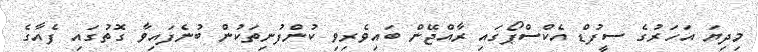
މިދިޔަ އަހަރުގެ ސީފުޑް އެކްސްޕޯގައި ރާއްޖޭން ބައިވެރިވި ކުންފުނިތަކުން ބުނެފައިވާ ގޮތުގައި ފެއާގެ